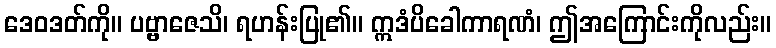
ဒေဝဒတ်ကို။ ပဗ္ဗာဇေသိ၊ ရဟန်းပြု၏။ ဣဒံပိခေါကာရဏံ၊ ဤအကြောင်းကိုလည်း။